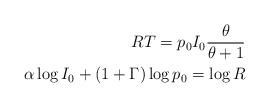
LaTeX: \begin{align*}RT = p_0 I_0 \frac{\theta}{\theta + 1 } \\\alpha \log I_0 + ( 1 + \Gamma ) \log p_0 = \log R \end{align*}